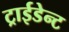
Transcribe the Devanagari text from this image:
ट्राईडेन्ट